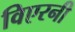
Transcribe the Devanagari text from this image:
विएरनी